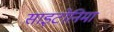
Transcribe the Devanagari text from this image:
साइटोनिमा